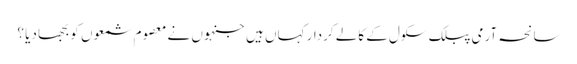
سانحہ آرمی پبلک سکول کے کالے کردار کہاں ہیں جنہوں نے معصوم شمعوں کو بجھا دیا ؟